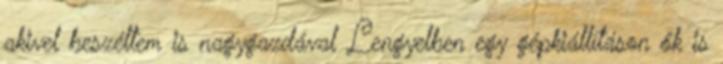
akivel beszéltem is nagygazdával Lengyelben egy gépkiállításon ők is